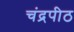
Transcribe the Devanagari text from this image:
चंद्रपीठ